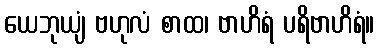
ယေဘုယျံ ဗဟုလံ စာထ၊ ဗာဟိရံ ပရိဗာဟိရံ။